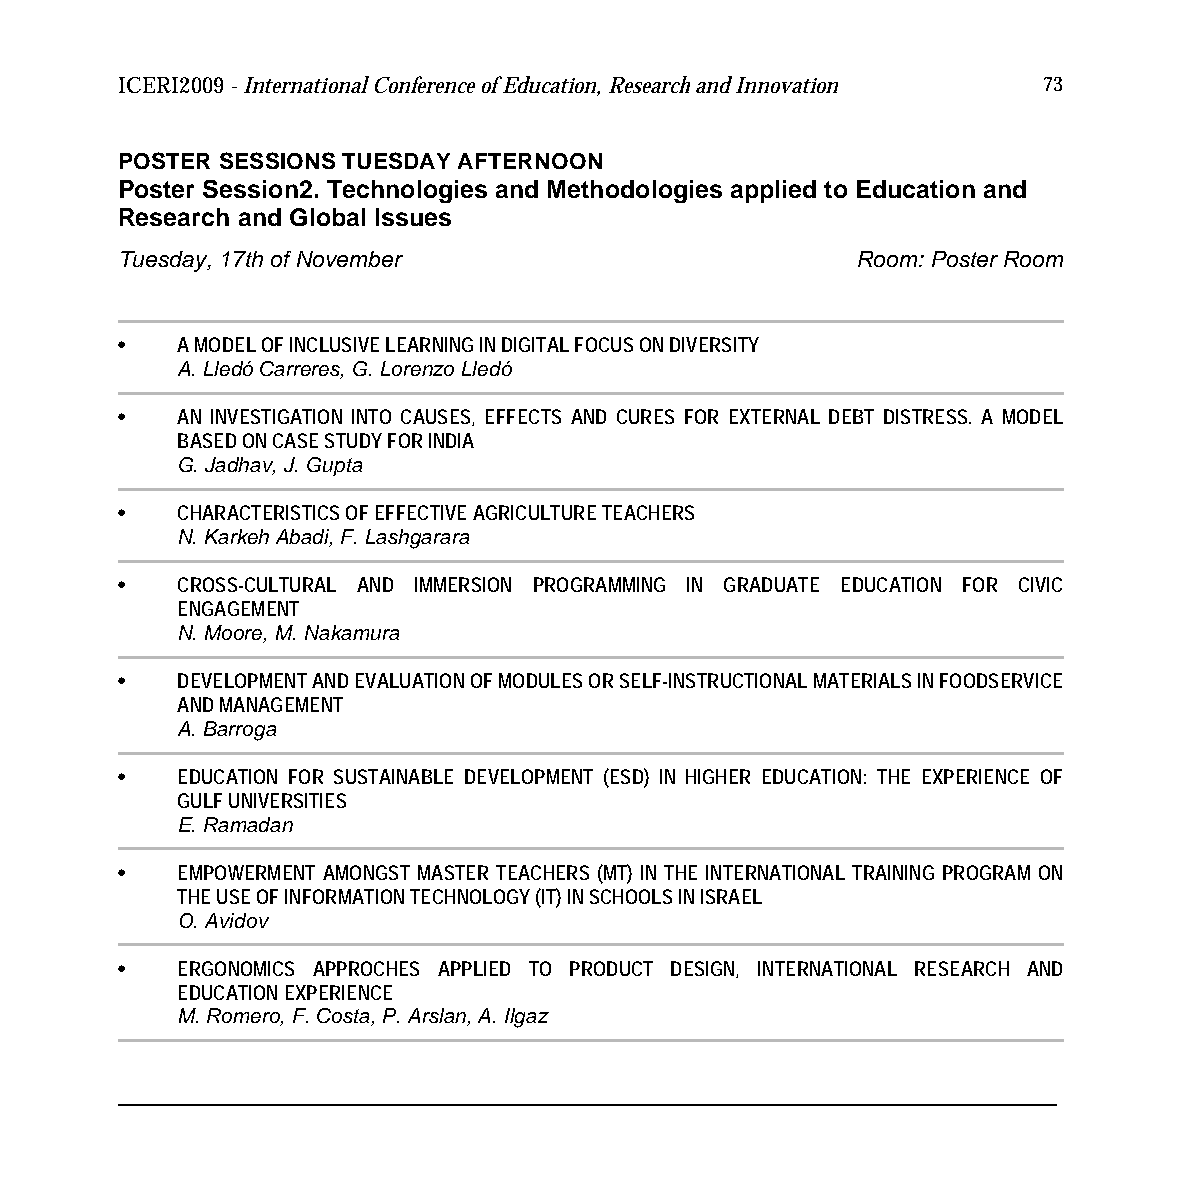
ICERI2009 - International Conference of Education, Research and Innovation 73
 POSTER SESSIONS TUESDAY AFTERNOON
 Poster Session2. Technologies and Methodologies applied to Education and
 Research and Global Issues
 Tuesday, 17th of November                        Room: Poster Room
 •   A MODEL OF INCLUSIVE LEARNING IN DIGITAL FOCUS ON DIVERSITY
 A. Lledó Carreres, G. Lorenzo Lledó
 •   AN INVESTIGATION INTO CAUSES, EFFECTS AND CURES FOR EXTERNAL DEBT DISTRESS. A MODEL
 BASED ON CASE STUDY FOR INDIA
 G. Jadhav, J. Gupta
 •   CHARACTERISTICS OF EFFECTIVE AGRICULTURE TEACHERS
 N. Karkeh Abadi, F. Lashgarara
 •   CROSS-CULTURAL AND IMMERSION PROGRAMMING IN GRADUATE EDUCATION FOR CIVIC
 ENGAGEMENT
 N. Moore, M. Nakamura
 •   DEVELOPMENT AND EVALUATION OF MODULES OR SELF-INSTRUCTIONAL MATERIALS IN FOODSERVICE
 AND MANAGEMENT
 A. Barroga
 •   EDUCATION FOR SUSTAINABLE DEVELOPMENT (ESD) IN HIGHER EDUCATION: THE EXPERIENCE OF
 GULF UNIVERSITIES
 E. Ramadan
 •   EMPOWERMENT AMONGST MASTER TEACHERS (MT) IN THE INTERNATIONAL TRAINING PROGRAM ON
 THE USE OF INFORMATION TECHNOLOGY (IT) IN SCHOOLS IN ISRAEL
 O. Avidov
 •   ERGONOMICS APPROCHES APPLIED TO PRODUCT DESIGN, INTERNATIONAL RESEARCH AND
 EDUCATION EXPERIENCE
 M. Romero, F. Costa, P. Arslan, A. Ilgaz